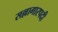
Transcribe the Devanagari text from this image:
सल्लागारपदी